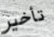
تأخير